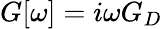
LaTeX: G[\omega]=i\omega G_{D}